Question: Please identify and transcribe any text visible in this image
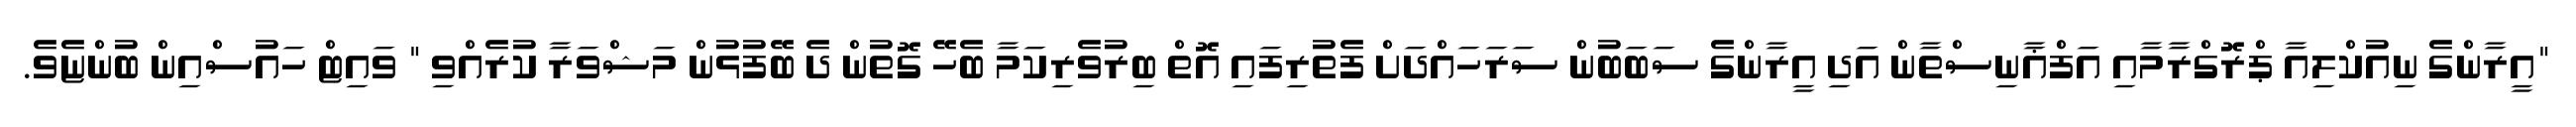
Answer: "އީރާންގެ ނިއުކްލިއާ ޕްރޮގްރާމާއި އަފްޣާނިސްތާން އަދި އީރާންގެ ސަބަބުން ސަރަހައްދަށް ފެތުރިފައި އޮތް ބިރުވެރިކަމާ ބެހޭ ގޮތުން ދެ ބޭފުޅުން މަޝްވަރާ ކުރެއްވި " ވައިޓް ހައުސްއިން ބުންޏެވެ.